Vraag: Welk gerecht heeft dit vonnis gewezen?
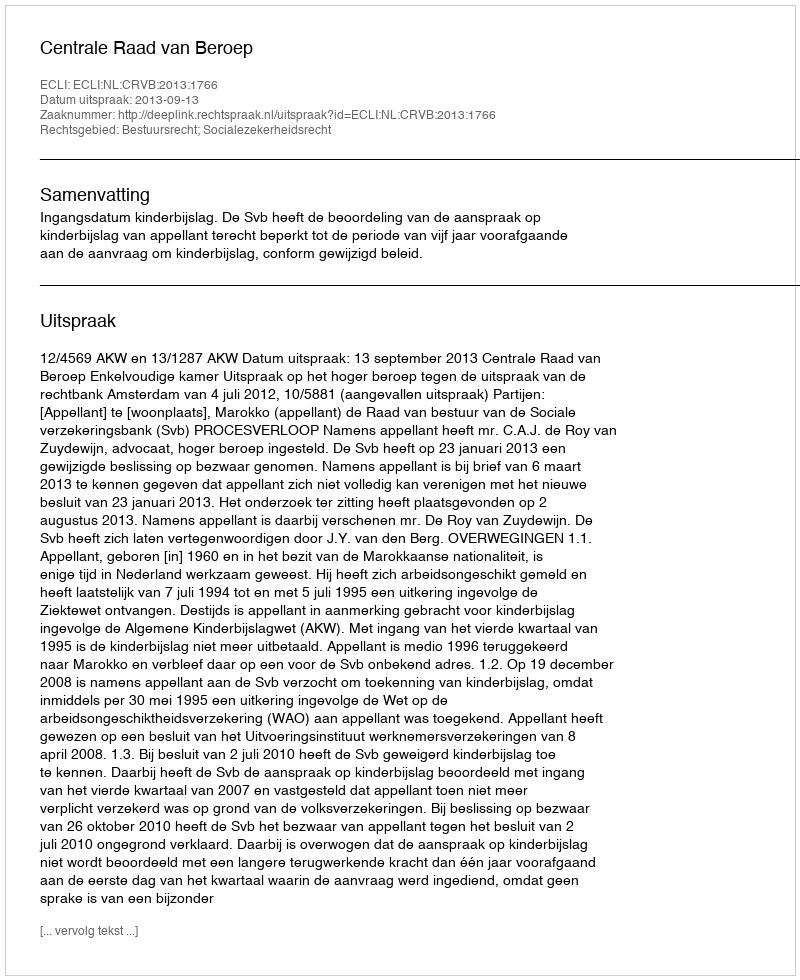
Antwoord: Centrale Raad van Beroep